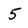
Character: 5